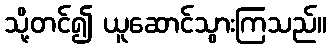
သို့တင်၍ ယူဆောင်သွားကြသည်။